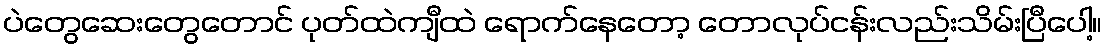
ပဲတွေဆေးတွေတောင် ပုတ်ထဲကျီထဲ ရောက်နေတော့ တောလုပ်ငန်းလည်းသိမ်းပြီပေါ့။